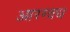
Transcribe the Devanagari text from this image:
आरग्वध